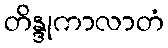
တိန္ဒုကာလာတံ